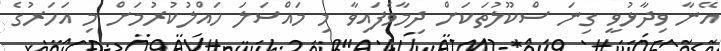
އޭނާ ވިދާޅުވީ ގިނަ ސްކޫލުތަކަށް ދިމާވެފައިވާ މި މައްސަލަ ހައްލުކުރުމަށް މި އަހަރުގެ